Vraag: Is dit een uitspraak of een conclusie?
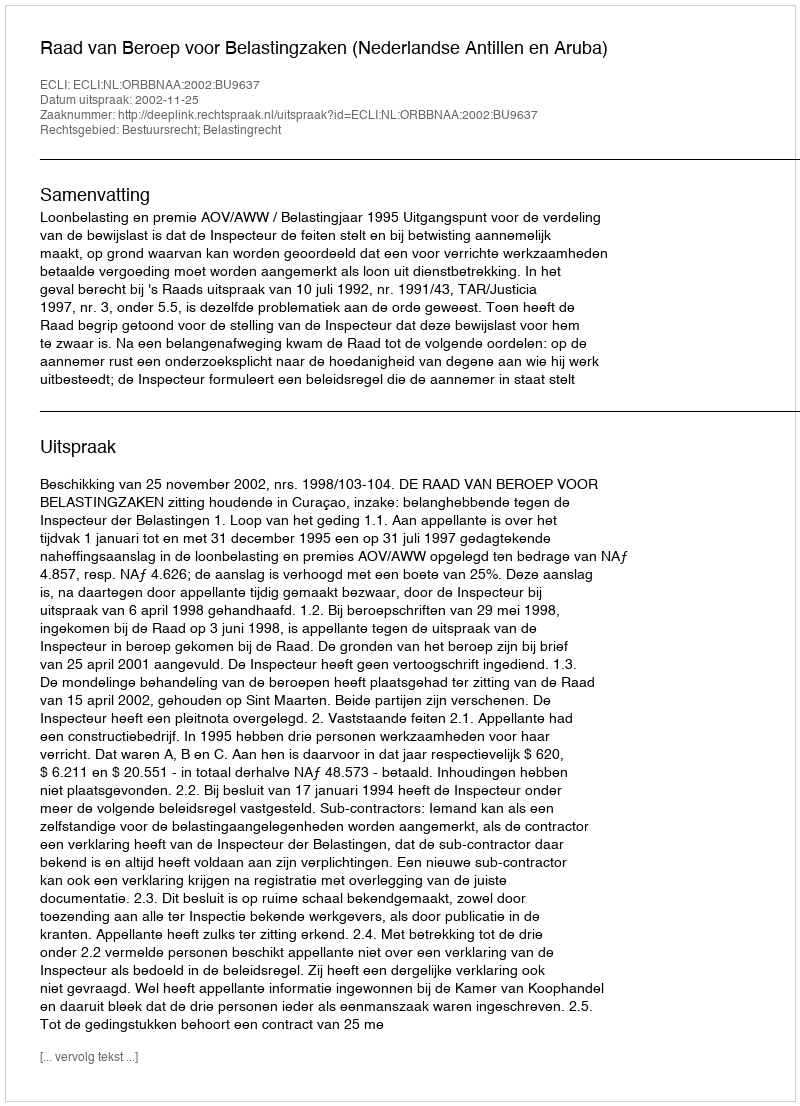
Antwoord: Uitspraak